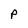
Character: P